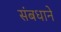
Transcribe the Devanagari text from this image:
संबधाने